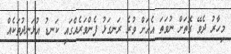
މިހާރު ދެވޭ ގޮތަށް ނުވަތަ އެއަށް ވުރެ ރަނގަޅު ފެންވަރެއްގައި ކަނޑު އުޅަނދުތަކެއް